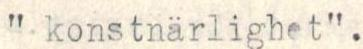
" konstnärlighet".